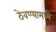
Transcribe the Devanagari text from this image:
ठेवण्यामध्ये